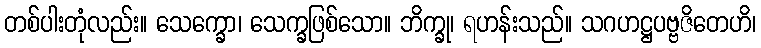
တစ်ပါးတုံလည်း။ သေက္ခော၊ သေက္ခဖြစ်သော။ ဘိက္ခု၊ ရဟန်းသည်။ သဂဟဋ္ဌပဗ္ဗဇိတေဟိ၊